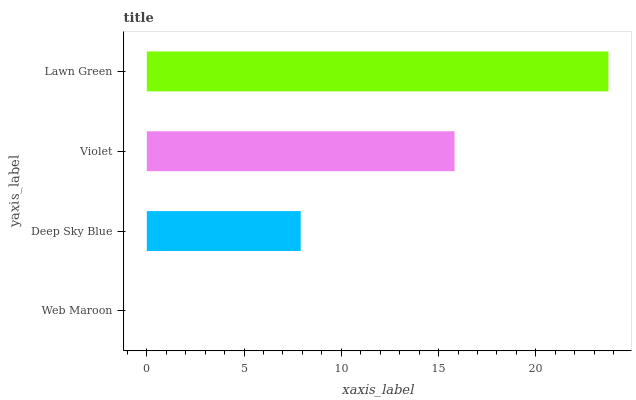
| yaxis_label | bars |
 | --- | --- |
 | Web Maroon | 0 |
 | Deep Sky Blue | 7.91 |
 | Violet | 15.8 |
 | Lawn Green | 23.7 |